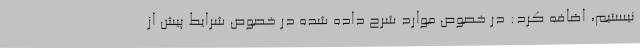
نیستیم، اضافه کرد: در خصوص موارد شرح داده شده در خصوص شرایط پیش از